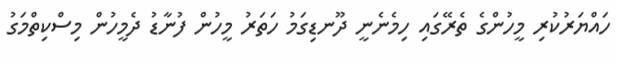
ހައްޔަރުކުރި މީހުންގެ ތެރޭގައި ހިމެނެނީ ދޫނޑިގަމު ހަތަރު މީހުން ފުނާޑު ދެމީހުން މިސްކިތްމަގު